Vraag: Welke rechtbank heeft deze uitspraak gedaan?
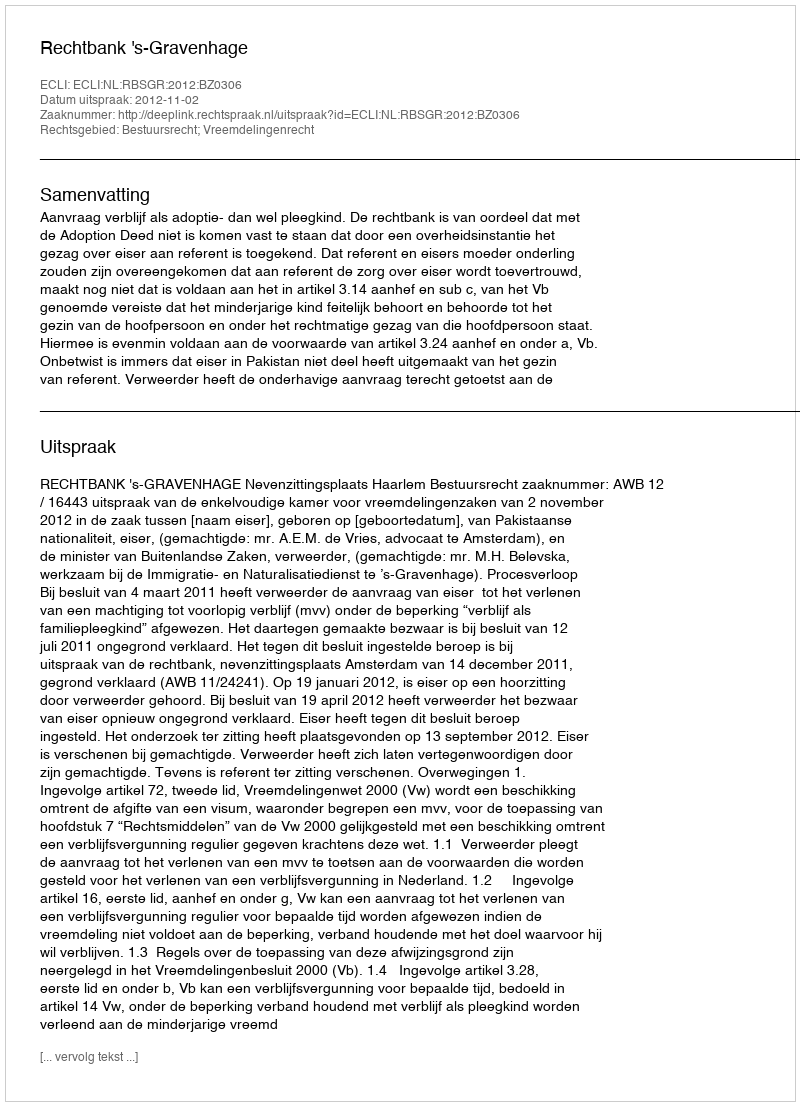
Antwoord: Rechtbank 's-Gravenhage